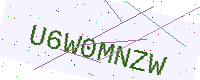
Text: U6W0MNZW